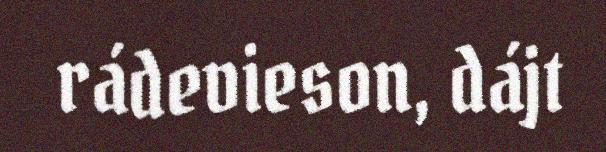
rádevieson, dájt